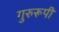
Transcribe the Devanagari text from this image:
गुरुरूपी